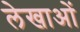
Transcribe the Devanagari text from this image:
लेखाओं